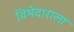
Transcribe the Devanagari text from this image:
विभेदाराला